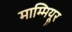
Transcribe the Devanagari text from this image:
माम्मियूर